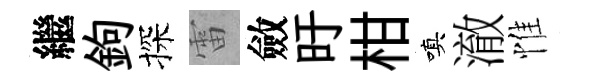
繼鉤探雷斂旴柑嗔澈惟